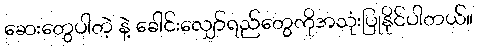
ဆေးတွေပါတဲ့ နဲ့ ခေါင်းလျှော်ရည်တွေကိုအသုံးပြုနိုင်ပါတယ်။